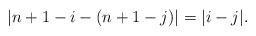
LaTeX: \begin{align*}\lvert n+1-i - (n+1-j)\rvert = \lvert i-j\rvert.\end{align*}